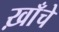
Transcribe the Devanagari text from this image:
ख़ाँचे